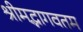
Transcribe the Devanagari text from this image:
श्रीमद्भागवतम